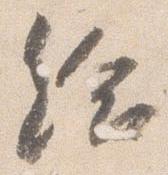
給